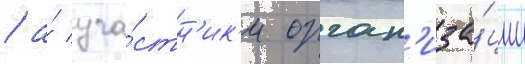
/ а́ уча́стн'ик'и орган'иза́ции